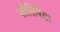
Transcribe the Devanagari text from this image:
फोलिपेटा